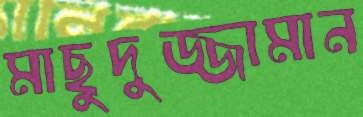
মাছুদুজ্জামান